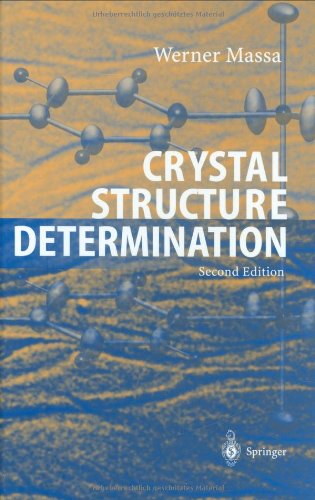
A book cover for Crystal Structure Determination; Werner Massa; Science & Math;